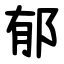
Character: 郁